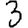
Digit: 3